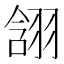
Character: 䎏